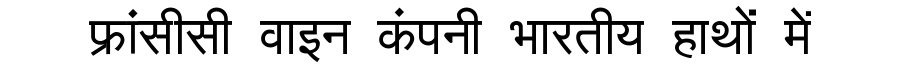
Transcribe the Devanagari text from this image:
फ्रांसीसी वाइन कंपनी भारतीय हाथों में